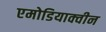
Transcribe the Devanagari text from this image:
एमोडियाक्वीन